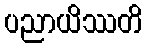
ပညာယိဿတိ